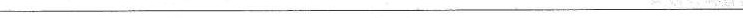
________________________________________________